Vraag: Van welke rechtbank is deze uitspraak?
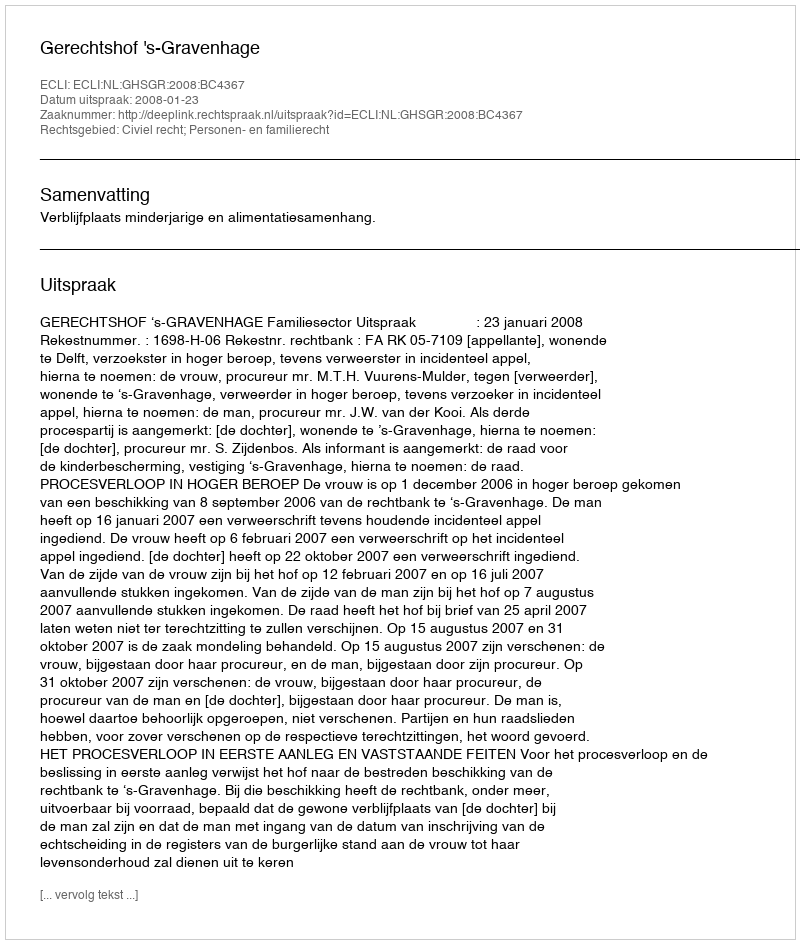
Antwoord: Gerechtshof 's-Gravenhage